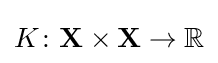
K\colon \mathbf {X} \times \mathbf {X} \to \mathbb {R}